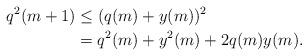
LaTeX: \begin{align*} q^2(m+1) &\leq (q(m) + y(m))^2 \\ &= q^2(m) + y^2(m) + 2q(m)y(m). \end{align*}